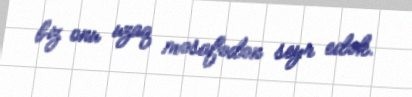
biz onu uzaq məsafədən seyr edək.